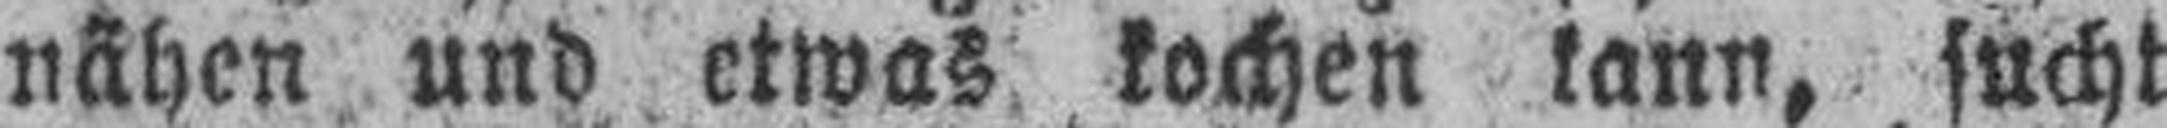
nähen und etwas kochen kann, sucht